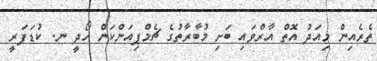
ތެރެއިން މިއަދު އޮތް އާރްވައި ބަށި މުބާރާތުގެ ޗެމްޕިއަންކަން ހޯދީ ނ. ކުޑަފަރީ